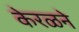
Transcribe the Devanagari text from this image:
केरळने